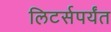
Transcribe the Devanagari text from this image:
लिटर्सपर्यंत